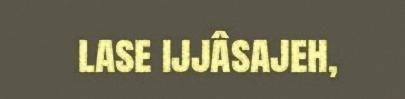
lase ijjâsajeh,